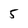
Character: 5